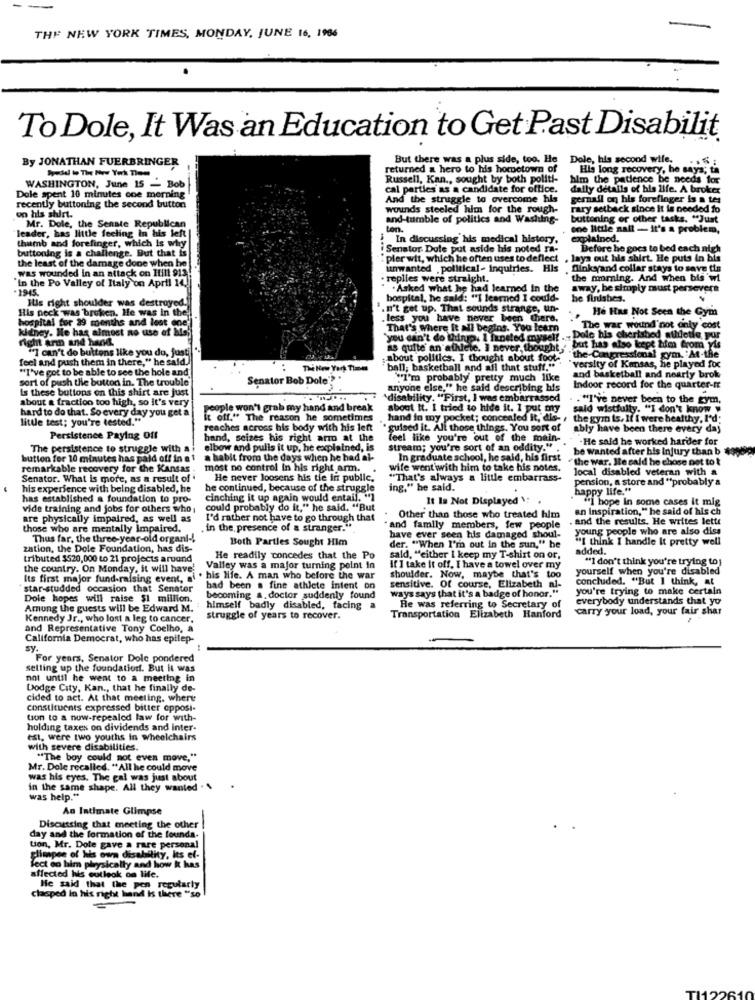
THE NEW YORK TIMES, MONDAY, JUNE 16, 1986
To Dole, It Was an Education to Get Past Disabilit
By JONATHAN FUERBRINGER
But there was a plus side, too. He
Dole, his second wife.
returned a hero to his hometown of
His long recovery, he says; ta
Russell, Kan ., sought by both politi-
him the patience be needs for
WASHINGTON, June 15 - Bob
cal parties as a candidate for office.
daily details of his life. A broker
Dole spent 10 minutes one morning
And the struggle to overcome his
gernall on his forefinger is a tes
recently buttoning the second button
wounds steeled him for the rough-
rary setback since it is needed fo
on his shirt.
Mr. Dole, the Senate Republican
and-tumble of politics and Washing-
buttoning or other tasks. "Just
leader, has little feeling in his left |
ton.
one little nall - It's a problem,
i In discussing his medical history,
explained.
thumb and forefinger, which is why
buttoning is a challenge. But that is
. Senator Dule put aside his noted ra-
Before he goes to bed each nigh
the least of the damage done when he
: pler wit, which he often uses to deflect , lays out his shirt. He puts in bis
lays out his shirt. He puts in bis
unwanted .political- inquiries. His
Dinkyand collar stays to save tin
was wounded in an attack on Hfil1 913
"In the Po Valley of Italy on April 14,
. replies were straight.
the morning. And when bis wi
1945.
.Asked what he had learned In the
away, be simply must persevere
Itis right shoulder was destroyed.
hospital, he said: "I learned I could-
he finishes.
His neck was broken, He was in the
.n't get up. That sounds strange, un-
He Has Not Seen the Gym
hospital for 29 months and lest one
.less you have never been there.
kidney. He has almost no use of his;
That's Where It ai begins. You learn
The war wound'not only cost
right arm and hand.
you can't do things. I inneted myself .- Dole his cherished athletle por
"I can't do buttens like you do, justi
as quite an athlete. I never thought,
but has also kepe tifm from yis
(eel and push them in there," he said.
about politics. I thought about foot-
"the Congressional gym. "At-the
"I've got to be able to see the hole and.
ball; basketball and all that stuff."
"versity of Kansas, he played for
sort of push the button in. The trouble'
Senator Bob Dole"? "
"I'm probably pretty much like
and basketball and nearly brok
Is these buttons on this shirt are just
anyone else," he said describing his
Indoor record for the quarter-It
about a fraction too high, so it's very
'disability. "First, I was embarrassed
."I've never been to the gym,
hard to do that. So every day you get a
people won't grab my hand and break
about It. I tried to hide it. 1 put my
said wistfully. "I don't know "
little test; you're tested."
it off." The reason he sometimes
t: concealed It, dis- /
the gym is. If I were healthy, I'd;
reaches across his body with his left
guised it. All those things. You sort of
ably have been there every day
Persistence Paying Off
hand, seizes his right arro at the
feel like you're out of the main-
- He said he worked harder for
The persistence to struggle with a
elbow and pulls it up, he explained, is
stream; you're sort of an oddity."
be wanted after his injury than b
button for 10 minutes has paid off in a 1
a habit from the days when he had al-
In graduate school, he said, his first
"the war. Ile cald he chose net tot
remarkable recovery for the Kansas .
most no control In his right arm.
wife went with him to take his notes.
local disabled veteran with a
Senator. What is more, as a result of
He never loosens his tie in public.
"That's always a little embarrass-
pension, a store and "probably a
his experience with being disabled, he
he continued, because of the struggle
ing." he said.
happy life."
has established a foundation to pro-
cinching it up again would entail. "1
It Is Not Displayed \:
"i hope In some cases it mig
vide training and jobs for others who ;
could probably do it," he said, "But
an Inspiration," he said of his ch
are physically impaired, as well as
I'd rather not have to go through that
Other than those who treated him
. and the results. He writes lette
those who are mentally Impaired.
in the presence of a stranger."
and family members, few people
young people who are also diss
Thus far, the three-year-old organi -!
Both Parties Sought Him
have ever seen his damaged shoul-
"I think I handle It pretty well
zation, the Dole Foundation, has dis-
der. "When I'm out in the sun," he
added.
tributed $520,000 to 21 projects aruund
He readily concedes that the Po
sald, "either I keep my T-shirt on or,
"I don't think you're trying to )
the country. On Monday, it will have'
Valley was a major turning point In
If I take it off, I have a towel over my
yourself when you're disabled
Its first major fund-raising event, ai . his life. A man who before the war
shoulder. Now, maybe that's too
concluded. "But I think, at
star-studded occasion that Senator
had been a fine athlete intent on
sensitive. Of course, Elizabeth al-
you're trying to make certain
Dole hopes will raise $1 million.
becoming a. doctor suddenly found
ways says that it's a badge of honor.
everybody understands that yo
Amung the guests will be Edward M.
himself badly disabled, facing
He was referring to Secretary of
carry your load, your fair shar
Kennedy Jr ., who lost a leg to cancer.
struggle of years to recover.
Transportation Elizabeth Hanford
and Representative Tony Coelho, a
California Democrat, who has epilep-
sy
For years, Senator Dole pondered
setting up the foundation. But it was
not until he went to a meeting in
Dodge City, Kan ., that he finally de-
cided to act. At that meeting, where
constituents expressed bitter opposi-
tion to a nuw-repealed law for with-
holding taxes on dividends and inter-
est, were two youths in wheelchairs
with severe disabilities.
"The boy could not even move,"
Mr. Dole recalled. "All he could move
was his eyes. The gal was just about
in the same shape. All they wanted .
was help."
An Intimate Glimpse
Discussing that meeting the other
day and the formation of the founda.
tion, Mr. Dole gave a rare personal
glimpse of his own disability, Its el-
Tect en him physically and how k has
affected his outlook on life.
clasped in his right hand is there "so
He said that the pen regularly
TI